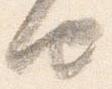
由